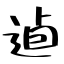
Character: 逌